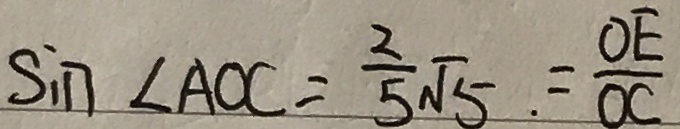
\sin \angle A O C = \frac { 2 } { 5 } \sqrt { 5 } . = \frac { O E } { O C }